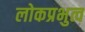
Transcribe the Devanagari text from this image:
लोकप्रभुत्व